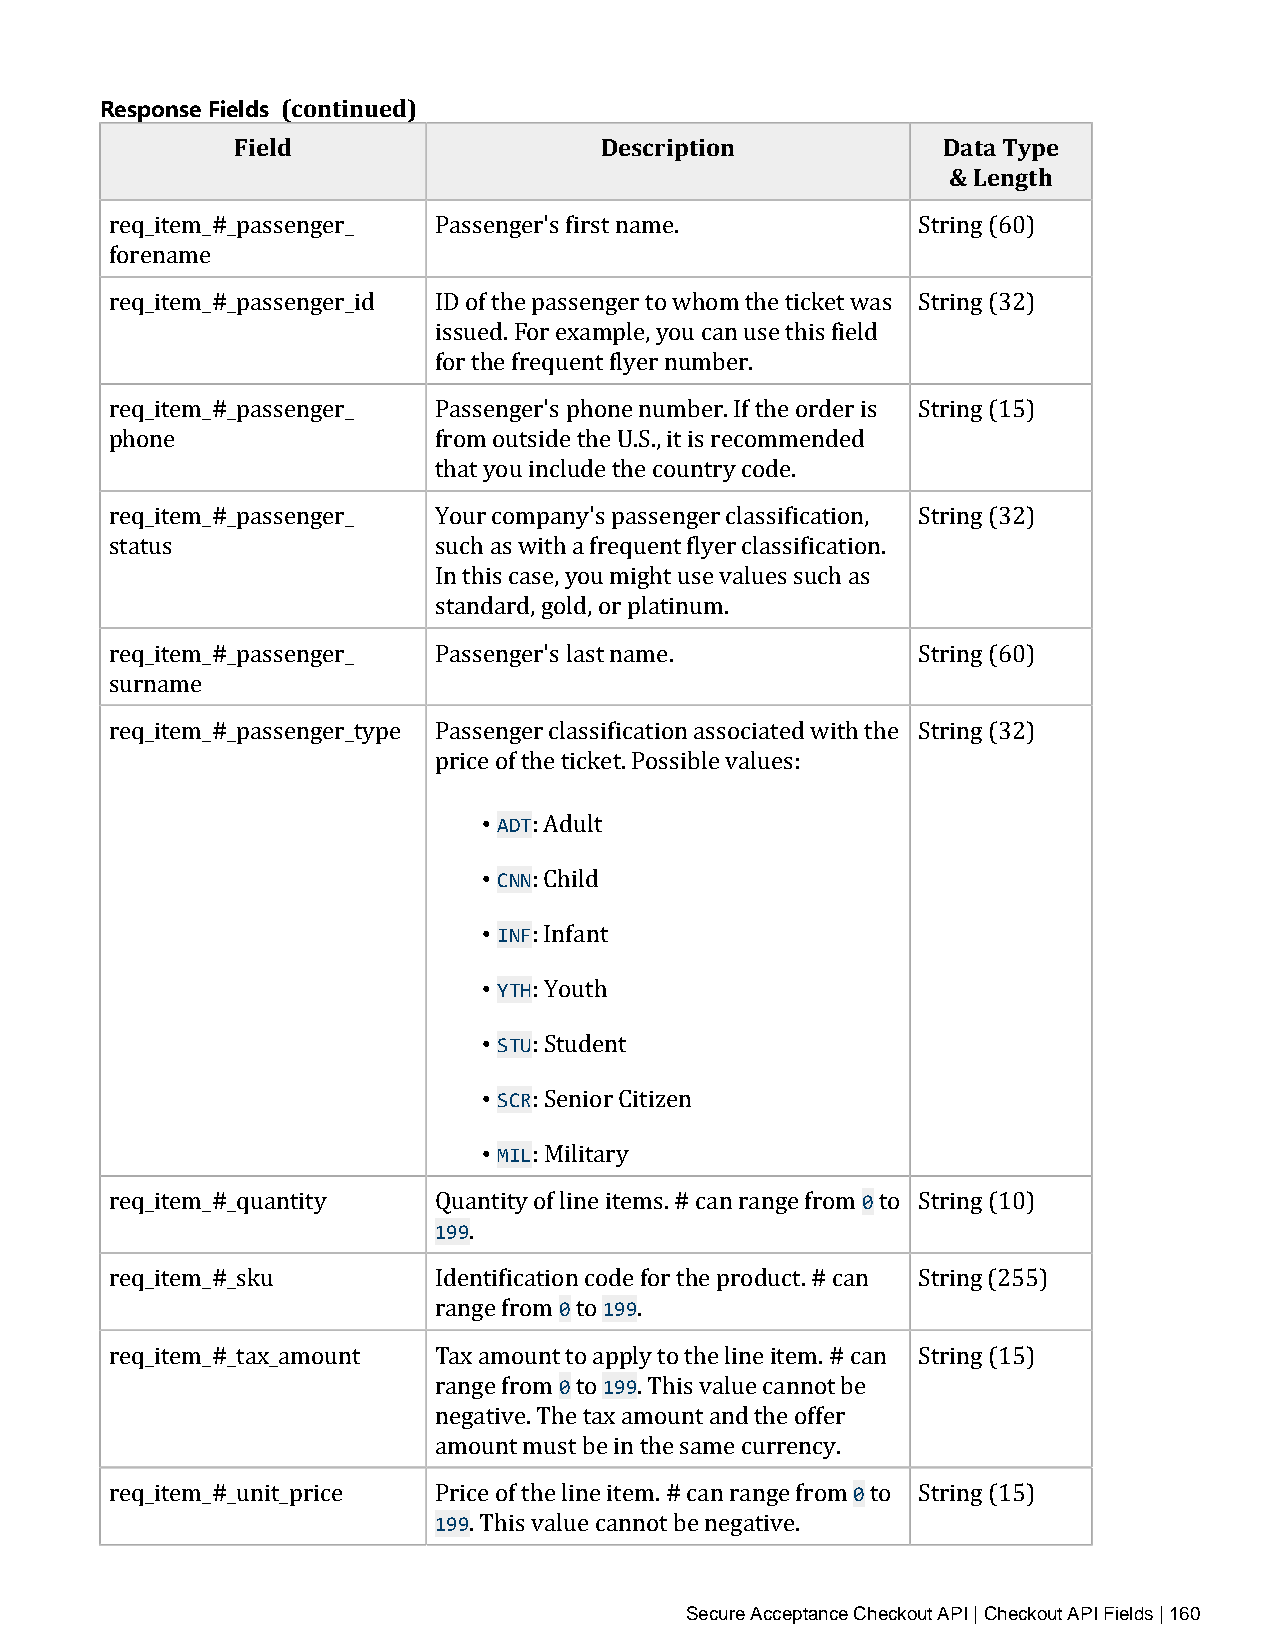
Response Fields (continued)
 Field                   Description           Data Type
 & Length
 req_item_#_passenger_ Passenger's first name.         String (60)
 forename
 req_item_#_passenger_id ID of the passenger to whom the ticket was String (32)
 issued. For example, you can use this field
 for the frequent flyer number.
 req_item_#_passenger_ Passenger's phone number. If the order is String (15)
 phone                 from outside the U.S., it is recommended
 that you include the country code.
 req_item_#_passenger_ Your company's passenger classification, String (32)
 status                such as with a frequent flyer classification.
 In this case, you might use values such as
 standard, gold, or platinum.
 req_item_#_passenger_ Passenger's last name.          String (60)
 surname
 req_item_#_passenger_type Passenger classification associated with the String (32)
 price of the ticket. Possible values:
 • ADT
 • CNN: Adult
 • INF: Child
 • YTH: Infant
 • STU: Youth
 • SCR: Student
 • MIL: Senior Citizen
 : Military            0
 199
 req_item_#_quantity   Quantity of line items. # can range from to String (10)
 .
 0  199
 req_item_#_sku        Identification code for the product. # can String (255)
 range from to .
 0  199
 req_item_#_tax_amount Tax amount to apply to the line item. # can String (15)
 range from to . This value cannot be
 negative. The tax amount and the offer
 amount must be in the same currency. 0
 199
 req_item_#_unit_price Price of the line item. # can range from to String (15)
 . This value cannot be negative.
 Secure Acceptance Checkout API | Checkout API Fields | 160